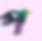
প